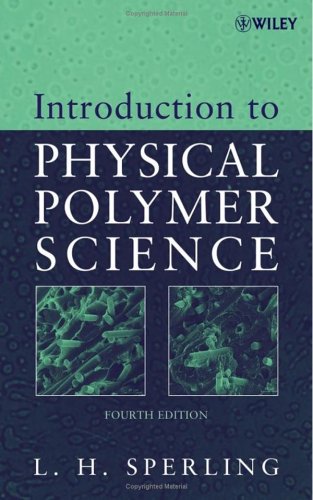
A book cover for Introduction to Physical Polymer Science; L. H. Sperling; Science & Math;